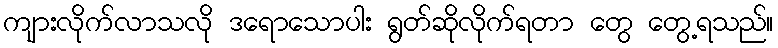
ကျားလိုက်လာသလို ဒရောသောပါး ရွတ်ဆိုလိုက်ရတာ တွေ တွေ့ရသည်။